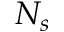
N _ { s }